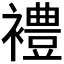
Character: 𫌓